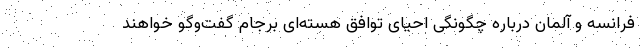
فرانسه و آلمان درباره چگونگی احیای توافق هسته‌ای برجام گفت‌وگو خواهند